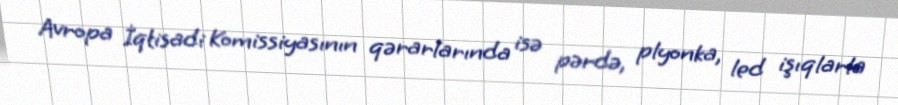
Avropa İqtisadi Komissiyasının qərarlarında isə pərdə, plyonka, led işıqlarla